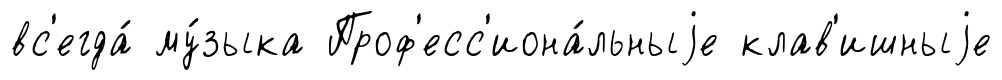
вс'егда́ му́зыка Проф'есс'иона́льныjе клав'ишныjе